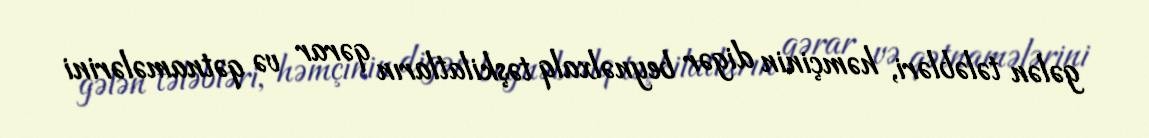
gələn tələbləri, həmçinin digər beynəlxalq təşkilatların qərar və qətnamələrini